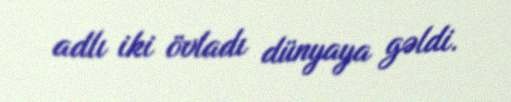
adlı iki övladı dünyaya gəldi.